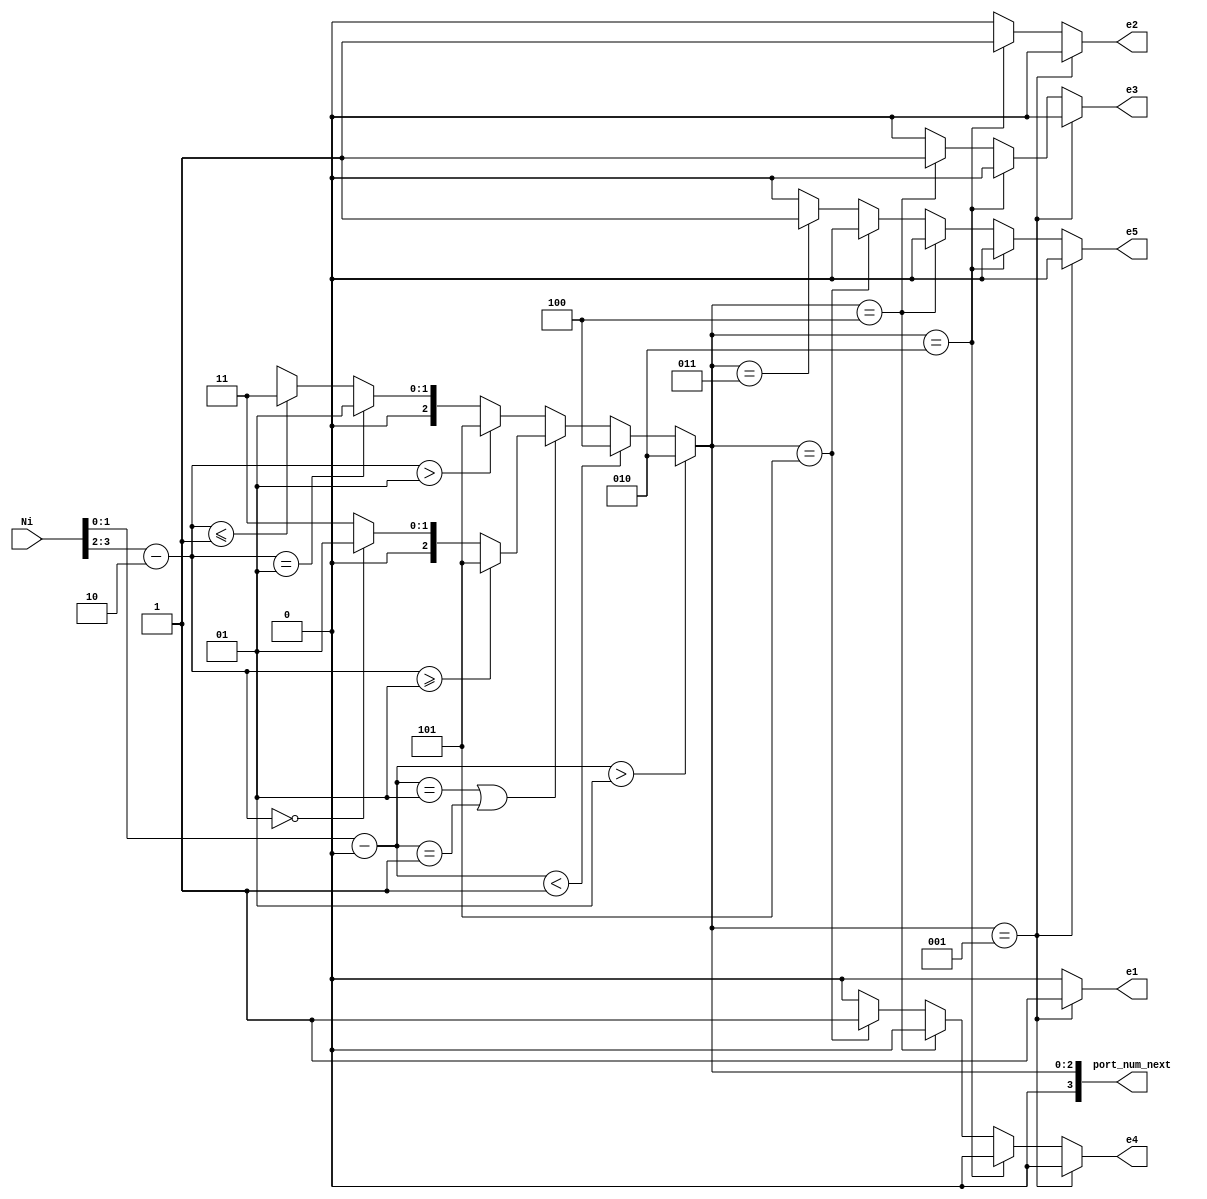
`timescale 1ns / 1ps
//////////////////////////////////////////////////////////////////////////////////
// Company: 
// Engineer: 
// 
// Design Name: 
// Module Name:    compute3 
// Project Name: 
// Target Devices: 
// Tool versions: 
// Description: 
//
// Dependencies: 
//
// Revision: 
// Revision 0.01 - File Created
// Additional Comments: 
//
//////////////////////////////////////////////////////////////////////////////////
module computeR43( Ni,port_num_next, e1,e2,e3,e4,e5
		); //,);

input wire[7:0] Ni;
//output [3:0] Lo, Eo, Wo, No, So;
output [3:0] port_num_next;
wire [3:0]  Lo, Eo, Wo, No, So;
output reg e1,e2,e3,e4,e5;

  assign Lo    =        3'd1;  
assign Eo  =          3'd2;
   assign No    =        3'd3;  
    assign Wo    =        3'd4;  
  assign So   =         3'd5;  
   //assign HDR_FLIT =  2'b10;
 //  assign BODY_FLIT = 2'b00;
  // assign  TAIL_FLIT = 2'b01;
	 
	localparam X_NODE_NUM                    =    4;
   localparam Y_NODE_NUM                    =    4;
   localparam X_NODE_NUM_WIDTH            =    2;
   localparam Y_NODE_NUM_WIDTH            =    2;
	localparam X_S_Adress                  = 0;
	localparam Y_S_Adress                  = 2;
	
	// input   
	wire  [X_NODE_NUM_WIDTH-1        :0]    dest_x_node_in;
//    input  
	wire   [Y_NODE_NUM_WIDTH-1        :0]    dest_y_node_in;
	//output    [3:0]    port_num_out;
	reg [3:0]    port_num_next;
    
	  wire signed [X_NODE_NUM_WIDTH        :0] xc;//current
    wire signed [X_NODE_NUM_WIDTH        :0] xd;//destination
    wire signed [Y_NODE_NUM_WIDTH        :0] yc;//current
    wire signed [Y_NODE_NUM_WIDTH        :0] yd;//destination
    wire signed [X_NODE_NUM_WIDTH        :0] xdiff;
    wire signed [Y_NODE_NUM_WIDTH        :0] ydiff;
    
	 assign dest_x_node_in=Ni[1:0];
	 assign dest_y_node_in=Ni[3:2];
	 
    assign     xc     =X_S_Adress [X_NODE_NUM_WIDTH-1        :0];
    assign     yc     =Y_S_Adress[Y_NODE_NUM_WIDTH-1        :0];
    assign    xd        =dest_x_node_in;
    assign    yd     = dest_y_node_in;
    assign     xdiff    = xd-xc;
    assign    ydiff    = yd-yc;
    
	 
    
    always@(*)begin
     // port_num_next    = Lo;
           if                (xdiff    >  1)        port_num_next    = Eo;
         else if        (xdiff    < -1)        port_num_next    = Wo;
            else if        (xdiff    ==    1 || xdiff    ==    -1     )
			begin
                if            (ydiff    >= 1)        port_num_next    = So;
                else if     (ydiff    ==    0)        port_num_next    = Lo;
                else                                 port_num_next    = No;
           end  // xdiff    ==    1 || xdiff    ==    -1     
            else begin //xdiff ==0
              if            (ydiff    >    1)        port_num_next    = So;
                else if    (ydiff    ==    1)        port_num_next    = Lo;
            //   else if    (ydiff    ==-1)        port_num_next    = L;
                else if    (ydiff    <= -1)        port_num_next    = No;
               else                                 port_num_next    = 1'bx; //xdiff ==0
          end //else
    end
	 //assign    port_num_out= port_num_next;
	 always@(*)begin
	 if(port_num_next== Lo)  begin 
	 e1=1; 
	 e2=0;
	 e3=0;
	 e4=0;
	 e5=0;
	 end
	else if (port_num_next== Eo) begin e1=0; 
	 e2=1;
	 e3=0;
	 e4=0;
	 e5=0;
	 end
	else if (port_num_next==Wo) 
	begin 
	 e1=0; 
	 e2=0;
	 e3=1;
	 e4=0;
	 e5=0;
	 end
	else if(port_num_next==So) begin e1=0; 
	 e2=0;
	 e3=0;
	 e4=1;
	 e5=0;
	 end
 else    if(port_num_next==No)   begin e1=0; 
	 e2=0;
	 e3=0;
	 e4=0;
	 e5=1;
 end
 else begin e1=0; 
	 e2=0;
	 e3=0;
	 e4=0;
	 e5=0;
 end 
 end 
endmodule